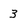
Character: 3